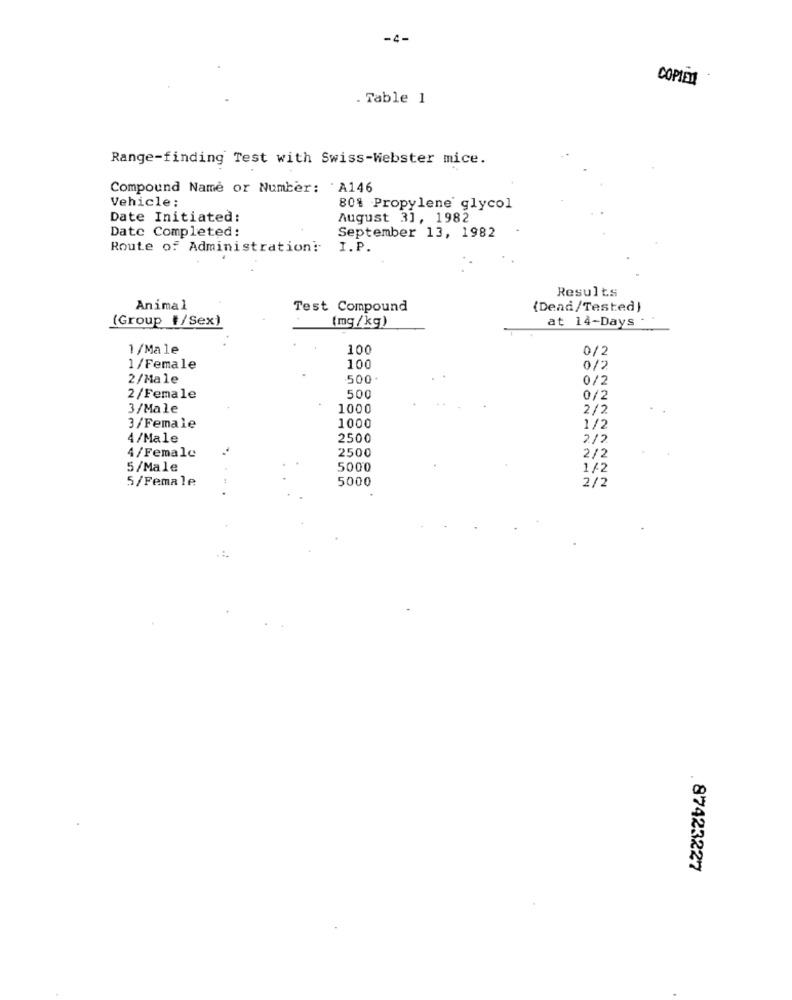
-4-
COPIER
- Table 1
Range-finding Test with Swiss-Webster mice.
Compound Name or Number: ' A146
Vehicle:
80% Propylene glycol
Date Initiated:
August 31, 1982
Date Completed:
September 13, 1982
Route of Administration: I.P.
Results
Animal
Test Compound
(Dead/Tested)
(Group #/Sex)
(mg /kg)
at 14-Days
1/Male
100
0/2
1/Female
100
0/2
2/Male
500.
0/2
2/Female
500
0/2
3/Male
1000
2/2
1000
3/Female
1/2
4/Male
2500
2/2
2500
4/Female
2/2
5/Male
5000
1/2
5/Female
5000
2/2
87423227